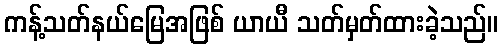
ကန့်သတ်နယ်မြေအဖြစ် ယာယီ သတ်မှတ်ထားခဲ့သည်။